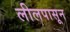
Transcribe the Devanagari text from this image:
लीलपासून